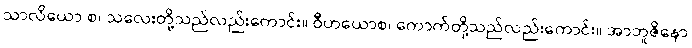
သာလိယော စ၊ သလေးတို့သည်လည်းကောင်း။ ဝီဟယောစ၊ ကောက်တို့သည်လည်းကောင်း။ အာဘူဇိနော